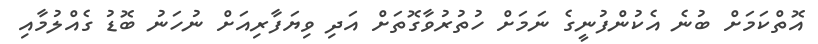
އޮތްކަމަށް ބުނެ އެކުންފުނީގެ ނަމަށް ހުތުރުވާގޮތަށް އަދި ވިޔަފާރިއަށް ނުހަނު ބޮޑު ގެއްލުމާއި